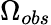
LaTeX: \Omega_{obs}